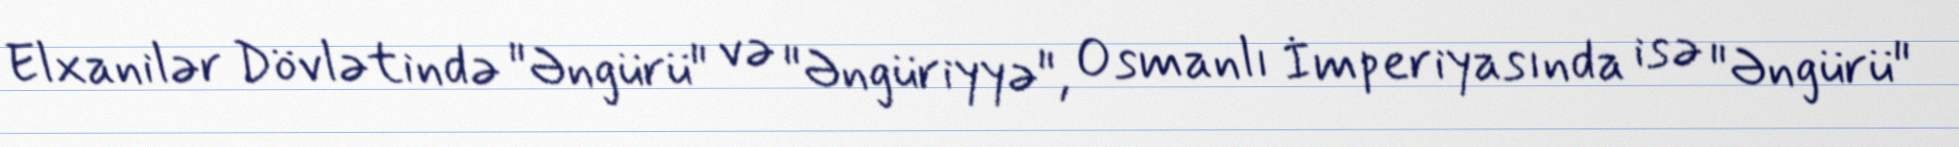
Elxanilər Dövlətində "Əngürü" və "Əngüriyyə", Osmanlı İmperiyasında isə "Əngürü"